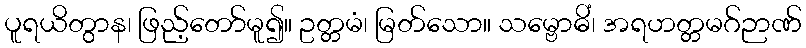
ပူရယိတွာန၊ ဖြည့်တော်မူ၍။ ဥတ္တမံ၊ မြတ်သော။ သမ္ဗောဓိံ၊ အရဟတ္တမဂ်ဉာဏ်